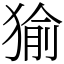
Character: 㺄